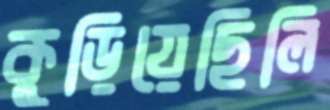
কুড়িয়েছিলি